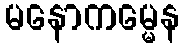
မနောကမ္မေန